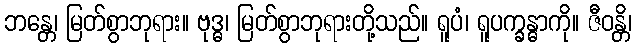
ဘန္တေ၊ မြတ်စွာဘုရား။ ဗုဒ္ဓ၊ မြတ်စွာဘုရားတို့သည်။ ရူပံ၊ ရူပက္ခန္ဓာကို။ ဇီဝန္တိ၊